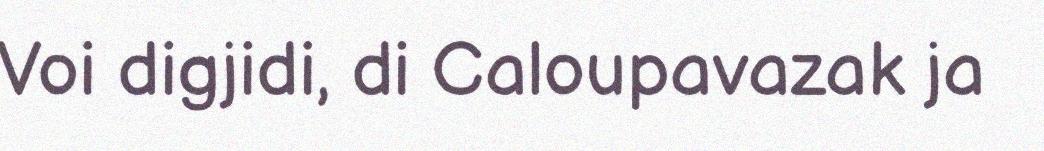
Voi digjidi, di Caloupavazak ja